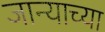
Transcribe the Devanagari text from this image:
जान्याच्या